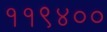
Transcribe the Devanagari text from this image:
११९४००